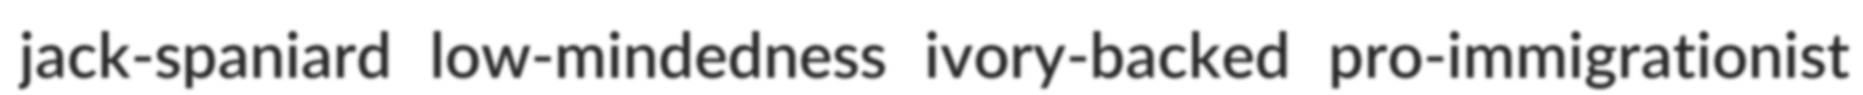
jack-spaniard low-mindedness ivory-backed pro-immigrationist